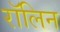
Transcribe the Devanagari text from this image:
रॉलिन